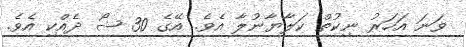
ވަނަ އަހަރު ނިކުތް ކަލާޔާނުލާ އެވެ. އޭގެ 30 ޝޯ ދެއްކި އެވެ.